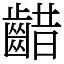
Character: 齰